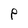
Character: P